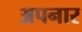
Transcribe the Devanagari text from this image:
अपनार